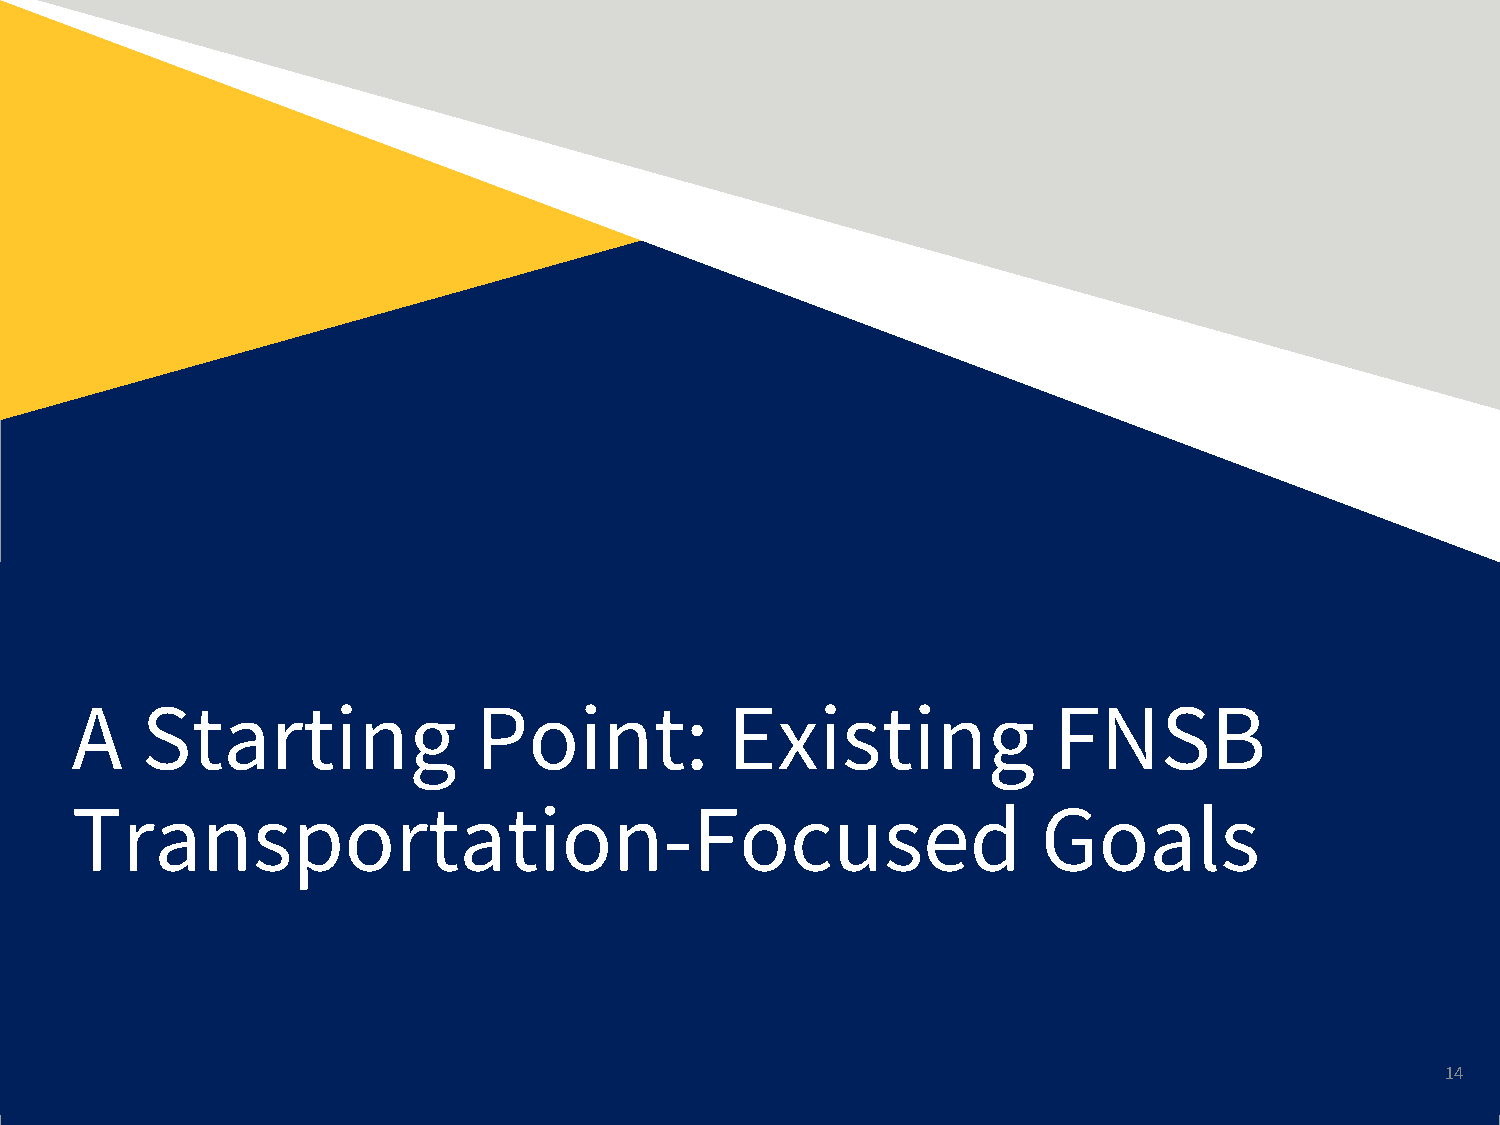
A   Starting              Point:           Existing              FNSB
 Transportation-Focused                                          Goals
 14